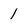
Character: 1